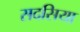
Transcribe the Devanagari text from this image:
सदसिया